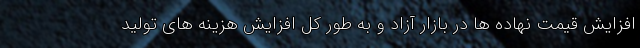
افزایش قیمت نهاده ها در بازار آزاد و به طور کل افزایش هزینه های تولید